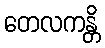
တေလကန္တိ